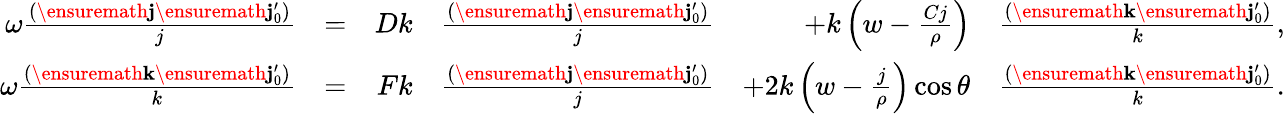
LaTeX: \begin{array}{rlrlrl}{\omega\frac{(\ensuremath{\mathbf{j}}\ensuremath{\mathbf{j}_{0}^{\prime}})}{j}}&{=}&{Dk}&{\frac{(\ensuremath{\mathbf{j}}\ensuremath{\mathbf{j}_{0}^{\prime}})}{j}}&{+k\left(w-\frac{Cj}{\rho}\right)}&{\frac{(\ensuremath{\mathbf{k}}\ensuremath{\mathbf{j}_{0}^{\prime}})}{k},}\\ {\omega\frac{(\ensuremath{\mathbf{k}}\ensuremath{\mathbf{j}_{0}^{\prime}})}{k}}&{=}&{Fk}&{\frac{(\ensuremath{\mathbf{j}}\ensuremath{\mathbf{j}_{0}^{\prime}})}{j}}&{+2k\left(w-\frac{j}{\rho}\right)\cos\theta}&{\frac{(\ensuremath{\mathbf{k}}\ensuremath{\mathbf{j}_{0}^{\prime}})}{k}.}\end{array}